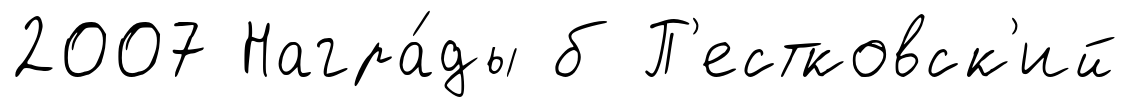
2007 Награ́ды б П'естковск'ий